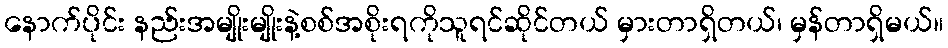
နောက်ပိုင်း နည်းအမျိုးမျိုးနဲ့စစ်အစိုးရကိုသူရင်ဆိုင်တယ် မှားတာရှိတယ်၊ မှန်တာရှိမယ်။